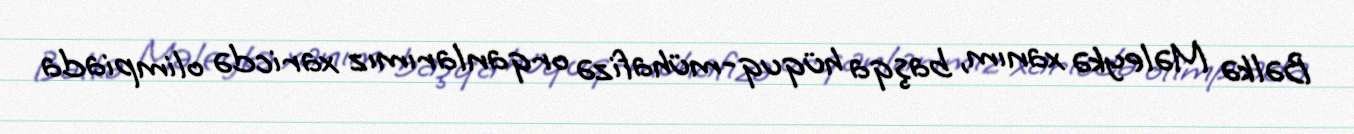
Bəlkə Məleykə xanım, başqa hüquq-mühafizə orqanlarımız xaricdə olimpiada